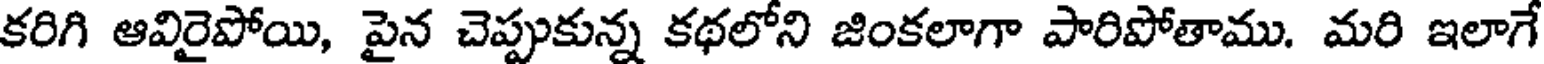
కరిగి ఆవిరైపోయి, పైన చెప్పుకున్న కథలోని జింకలాగా పారిపోతాము. మరి ఇలాగే